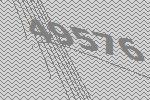
49576